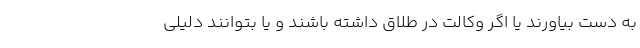
به دست بیاورند یا اگر وکالت در طلاق داشته باشند و یا بتوانند دلیلی